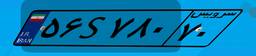
۵۶S۷۸۰۷۰